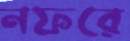
নফরে